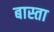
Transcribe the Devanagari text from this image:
बास्ता